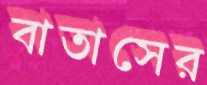
বাতাসের